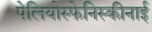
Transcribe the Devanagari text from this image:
पेलियोस्फेनिस्कीनाई